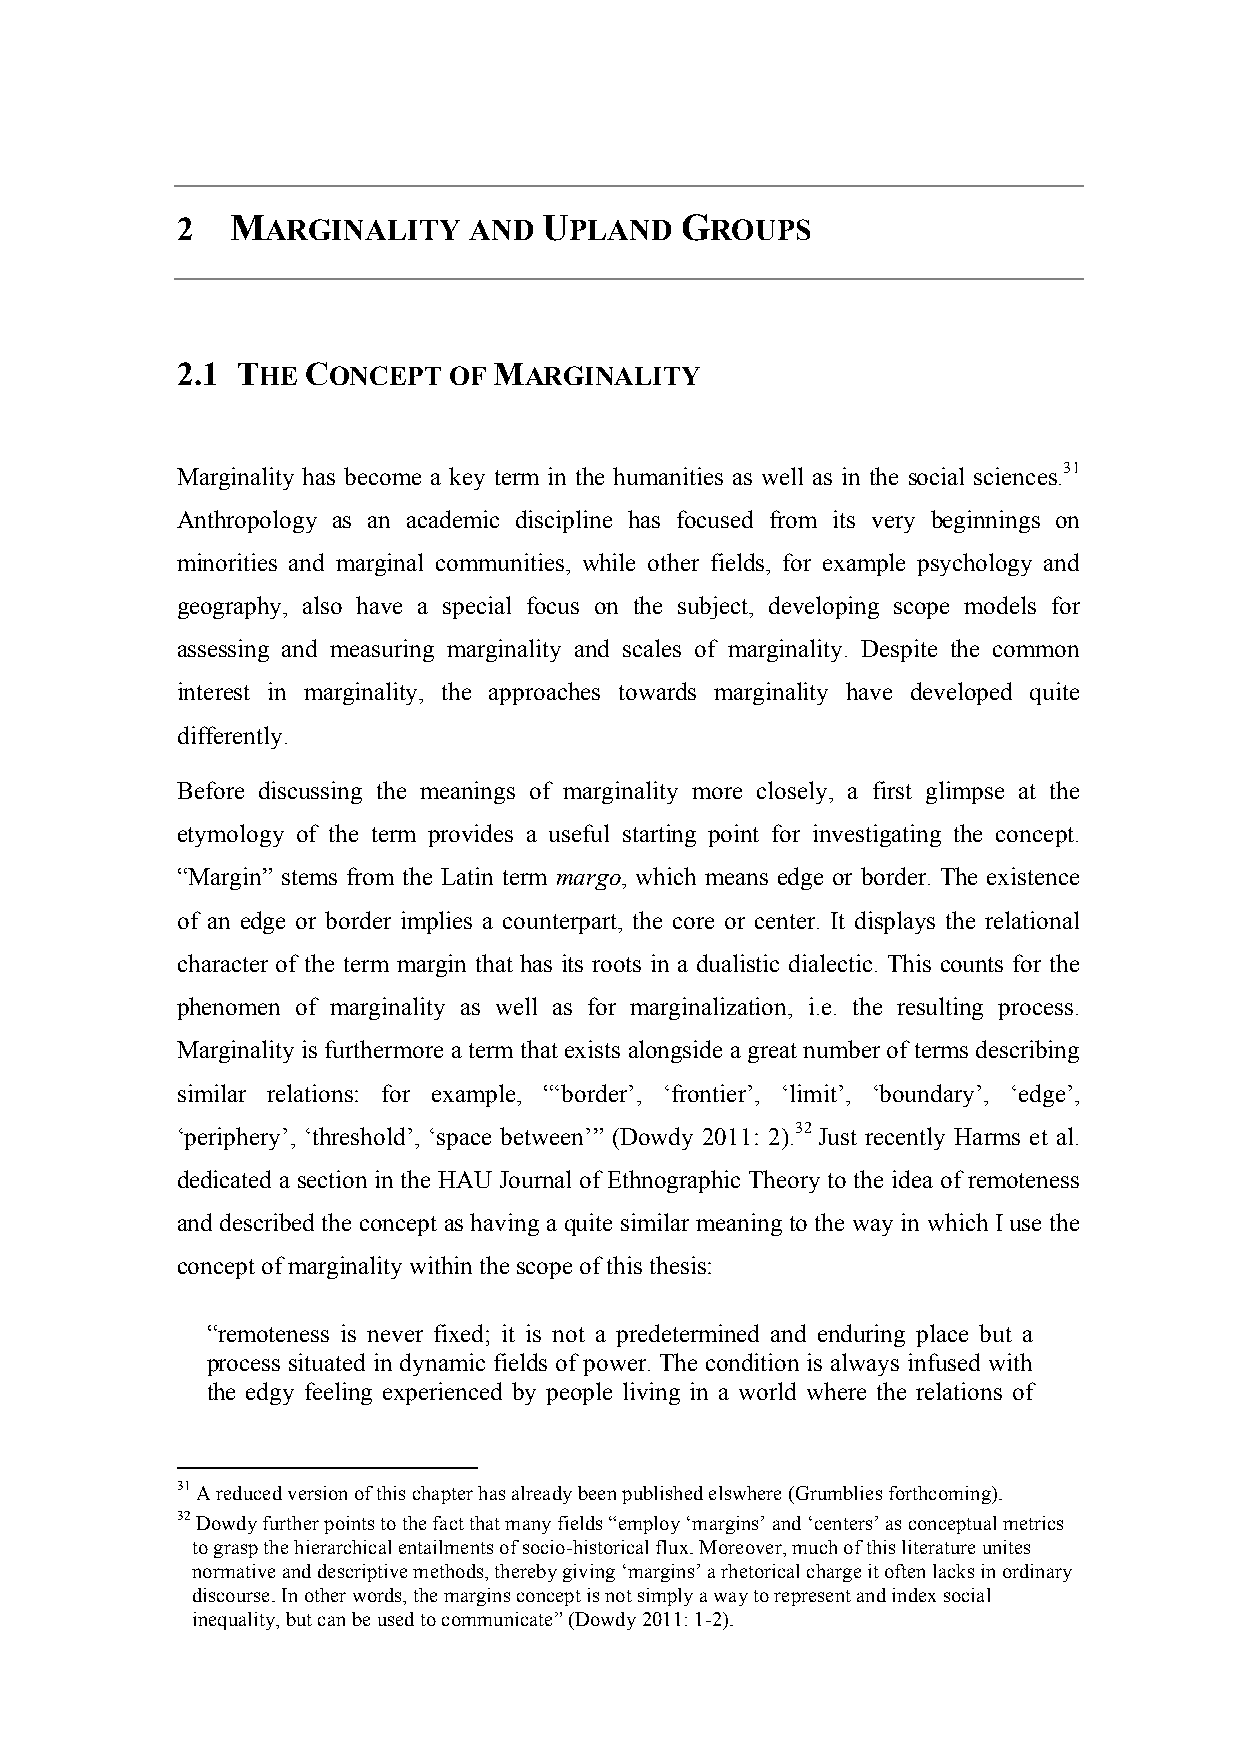
2  MARGINALITY     AND  UPLAND   GROUPS
 2.1 THE CONCEPT   OF MARGINALITY
 Marginality has become a key term in the humanities as well as in the social sciences.31
 Anthropology as an academic discipline has focused from its very beginnings on
 minorities and marginal communities, while other fields, for example psychology and
 geography, also have a special focus on the subject, developing scope models for
 assessing and measuring marginality and scales of marginality. Despite the common
 interest in marginality, the approaches towards marginality have developed quite
 differently.
 Before discussing the meanings of marginality more closely, a first glimpse at the
 etymology of the term provides a useful starting point for investigating the concept.
 “Margin” stems from the Latin term margo, which means edge or border. The existence
 of an edge or border implies a counterpart, the core or center. It displays the relational
 character of the term margin that has its roots in a dualistic dialectic. This counts for the
 phenomen of marginality as well as for marginalization, i.e. the resulting process.
 Marginality is furthermore a term that exists alongside a great number of terms describing
 similar relations: for example, “‘border’, ‘frontier’, ‘limit’, ‘boundary’, ‘edge’,
 ‘periphery’, ‘threshold’, ‘space between’” (Dowdy 2011: 2).32 Just recently Harms et al.
 dedicated a section in the HAU Journal of Ethnographic Theory to the idea of remoteness
 and described the concept as having a quite similar meaning to the way in which I use the
 concept of marginality within the scope of this thesis:
 “remoteness is never fixed; it is not a predetermined and enduring place but a
 process situated in dynamic fields of power. The condition is always infused with
 the edgy feeling experienced by people living in a world where the relations of
 31 A reduced version of this chapter has already been published elswhere (Grumblies forthcoming).
 32 Dowdy further points to the fact that many fields “employ ‘margins’ and ‘centers’ as conceptual metrics
 to grasp the hierarchical entailments of socio-historical flux. Moreover, much of this literature unites
 normative and descriptive methods, thereby giving ‘margins’ a rhetorical charge it often lacks in ordinary
 discourse. In other words, the margins concept is not simply a way to represent and index social
 inequality, but can be used to communicate” (Dowdy 2011: 1-2).